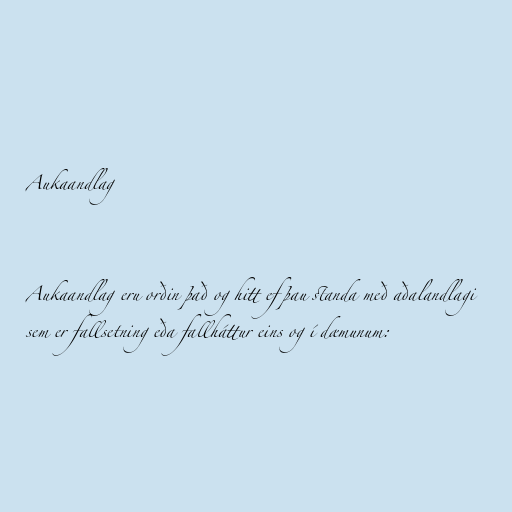
Aukaandlag

Aukaandlag eru orðin það og hitt ef þau standa með aðalandlagi
sem er fallsetning eða fallháttur eins og í dæmunum: